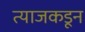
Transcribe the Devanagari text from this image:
त्याजकडून